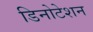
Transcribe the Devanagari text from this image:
डिनोटेशन